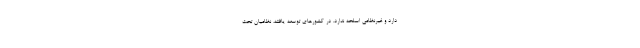
دارد و غیرنظامی اسلحه ندارد. در کشورهای توسعه یافته، نظامیان تحت